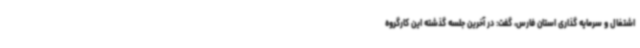
اشتغال و سرمایه گذاری استان فارس، گفت: در آخرین جلسه گذشته این کارگروه